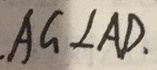
. A G \bot A D .